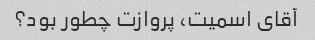
آقای اسمیت، پروازت چطور بود؟